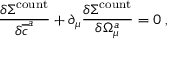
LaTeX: \frac { \delta \Sigma ^ { \mathrm { c o u n t } } } { \delta \overline { { { c } } } ^ { a } } + \partial _ { \mu } \frac { \delta \Sigma ^ { \mathrm { c o u n t } } } { \delta \Omega _ { \mu } ^ { a } } = 0 \; ,